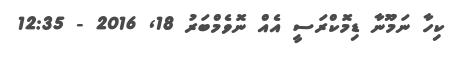
ކިހާ ނަމޫނާ ޑިމޮކްރަސީ އެއް ނޮވެމްބަރު 18